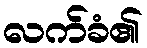
လက်ခံ၏